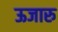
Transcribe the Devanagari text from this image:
ऊजारु